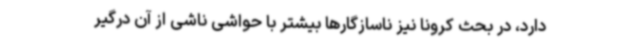
دارد، در بحث کرونا نیز ناسازگارها بیشتر با حواشی ناشی از آن درگیر